Leaving Certificate Examination, 1903
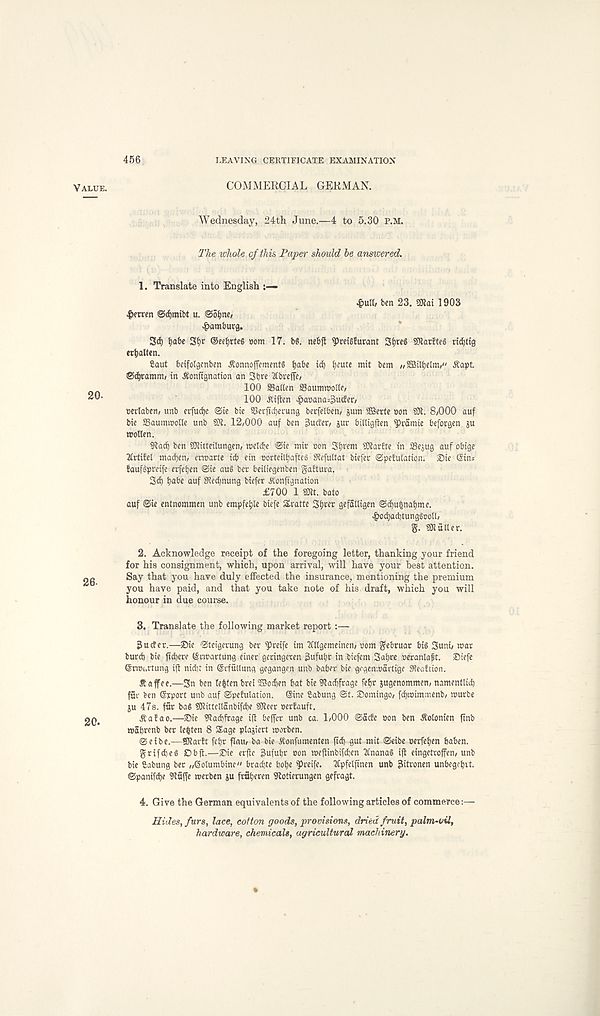
456
LEAVING CERTIFICATE EXAMINATION
COMMERCIAL GERMAN.
Wednesday, 24th June.—4 to 5.30 P.M.
The whole of this Paper should be answered.
1. Translate into English
ben 23. mi 1903
| >erren <Scf)mibt u. @6^ne,
Hamburg.
3d) Ijabe 3f)t ®eet)rteg com 17. be. neb| t ^reigfurant SfyreS SKarfteg ridjtig
et^alfen.
Caut beifolgenben ^onnoffement® tjabe id) ()eute mit bem ,/Sffiiltjelm," itapt.
©d^ramm/ in ^onftgnation an 3bre ItbvejTe/
100 ©alien ©aumwolte,
100 Aifien #a»ana=3uder,
uerlaben, unb erfuc^e ©ie bie ©ecfidjerung berfetben/ pm SBSert e non 5Efl . 8/000 auf
bie ©aummolle unb 5K. 12/000 auf ben Jucfeo jur biUtgflen ^ramie beforgen ju
wollen.
Sflad) ben SHitteilungen/ meldje ©ie mir con 3t)ran 50larite in ©ejug auf obtge
ICrtifel madfjen/ ermarte icb ein oorteiltjafteS Siefultat biefer ©pe!ulation. £)ie (Sins
faufgpreife erfetjen ©ie au§ ber beiliegenben gaitura.
3d) t>abe auf 9ied)nung biefer Jtonfignation
£700 1 9Jlt. bato
auf ©ie entnommen unb empfeljk biefe Sratte 3f)rer gefalltgen ©i^u| nat)me.
| >od)acl)tunggDoU/
g. sculler.
2. Acknowledge receipt of the foregoing letter, thanking your friend
for his consignment, which, upon arrival, will have your best attention.
Say that you have duly effected the insurance, mentioning the premium
you have paid, and that you take note of his draft, which you will
honour in due course.
3. Translate the following market report :—
jJucfer.—®ie ©teigerung ber Recife im Mgemeinen/ com gebruar big 3«ni/ war
burd) bie fidjere (Srmartung einer geringeten 3uful)r in biefem Saljre oeranlafit. ©iefe
(Srwi.rtung iff nid)t in Srfullung gegange.n unb baber bie gegenwartige SReaftion.
Coffee.—3n ben tefcten bret 55?od)en bat bte 5Rad)frage feb^ jugenommen/ namentlid)
fur ben (Srport unb auf ©petulation. (Sine Sabung ©t. Somingo/ fd)wtmmenb/ wurbe
ju 47s. fur bag SRittellanbifcbe SReer oerfauft.
S:a!ao.—©ie 9tad)frage ill beffer unb ca. 1/000 ©acEe con ben Aolonien ftnb
wabrenb ber le|ten 8 Sage plajiert warben.
©eibe.—S3tar!t febr flait/ ba bie Jtonfumenten fid) gut mit ©eibe cerfeben baben.
grifdjeg Cbft.—©ie erjfc gufufr con wefiinbifdjen Itnanag ift eingetroffen/ unb
bie Sabung ber ,/Solumbine" brad)te bobe Recife. 2Cpfelftnen unb giitronen unbegebit.
©panifebe Stuffe werben ju froferen 9totierungen gefragt.
4. Give the German equivalents of the following articles of commerce:—
Hides, furs, lace, cotton goods, provisions, dried fruit, palm-oil,
hardware, chemicals, agricultural machinery.